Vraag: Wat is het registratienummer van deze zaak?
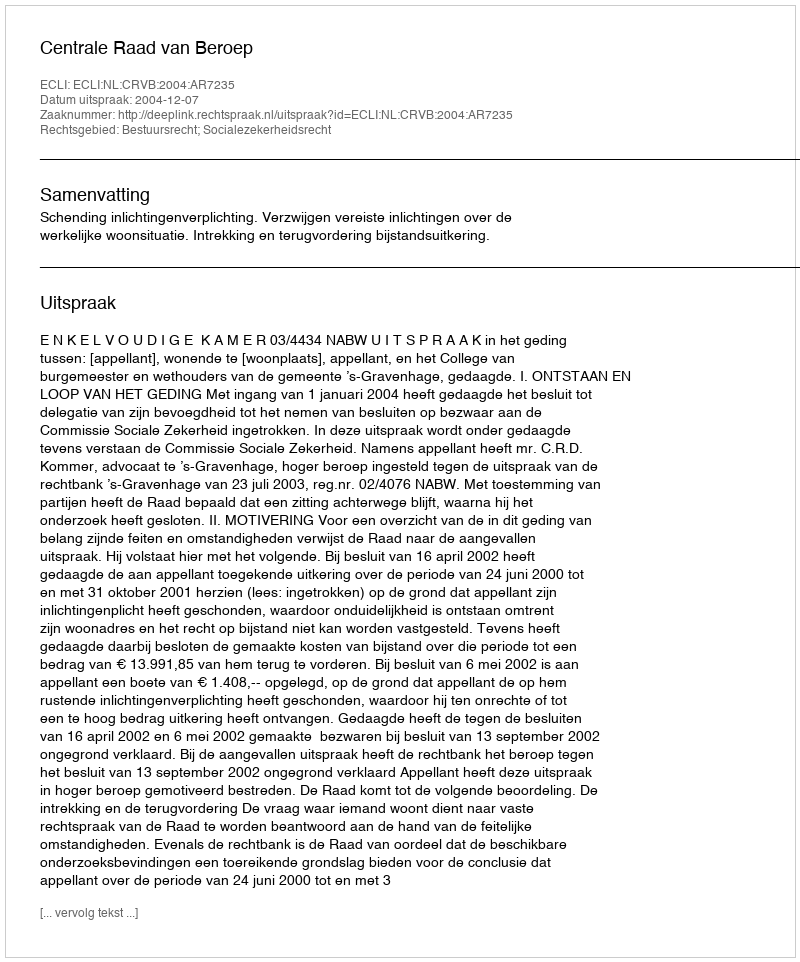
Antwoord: http://deeplink.rechtspraak.nl/uitspraak?id=ECLI:NL:CRVB:2004:AR7235